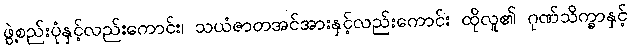
ဖွဲ့စည်းပုံနှင့်လည်းကောင်း၊ သယံဇာတအင်အားနှင့်လည်းကောင်း ထိုလူ၏ ဂုဏ်သိက္ခာနှင့်